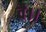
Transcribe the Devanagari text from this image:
वै।।